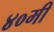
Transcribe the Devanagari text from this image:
४०मी